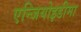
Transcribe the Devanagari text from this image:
एन्जियोइडीमा